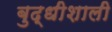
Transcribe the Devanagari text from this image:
बुद्धीशाली